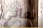
نعاني